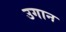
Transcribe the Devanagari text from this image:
उगान